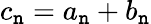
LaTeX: c_{\mathtt{n}}=a_{\mathtt{n}}+b_{\mathtt{n}}